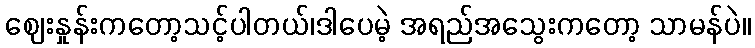
ဈေးနှုန်းကတော့သင့်ပါတယ်၊ဒါပေမဲ့ အရည်အသွေးကတော့ သာမန်ပဲ။